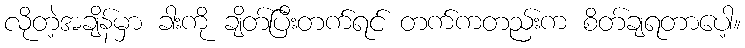
လိုတဲ့အချိန်မှာ ခါးကို ချိတ်ပြီးတက်ရင် တက်ကတည်းက စိတ်ချရတာပေါ့။